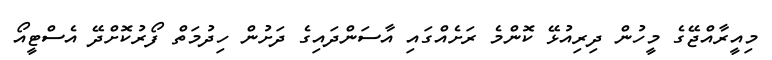
މިއީރާއްޖޭގެ މީހުން ދިރިއުޅޭ ކޮންމެ ރަށެއްގައި އާސަންދައިގެ ދަށުން ހިދުމަތް ފޯރުކޮށްދޭ އެސްޓީއޯ